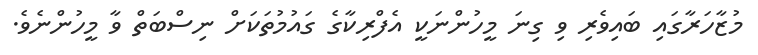
މުޒާހަރާގައި ބައިވެރި ވި ގިނަ މީހުންނަކީ އެފްރިކާގެ ގައުމުތަކަށް ނިސްބަތް ވާ މީހުންނެވެ.